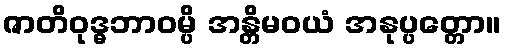
ဇာတိဝုဒ္ဓဘာဝမ္ပိ အန္တိမဝယံ အနုပ္ပတ္တော။